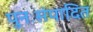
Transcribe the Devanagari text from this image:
पुनःसंपादित